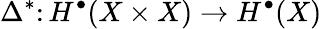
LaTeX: \Delta^{*}\colon H^{\bullet}(X\times X)\to H^{\bullet}(X)